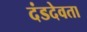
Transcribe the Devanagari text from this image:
दंडदेवता